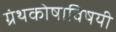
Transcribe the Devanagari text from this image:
ग्रंथकोषाविषयी